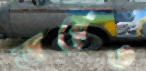
জয়েও